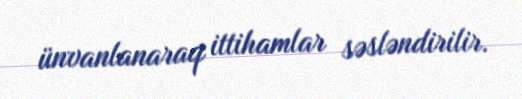
ünvanlanaraq ittihamlar səsləndirilir.